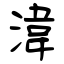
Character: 湋